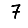
Digit: 7